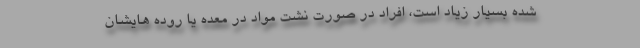
شده بسیار زیاد است، افراد در صورت نشت مواد در معده یا روده هایشان